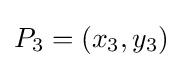
P_{3}=(x_{3},y_{3})